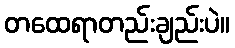
တထေရာတည်းချည်းပဲ။